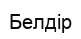
Белдір